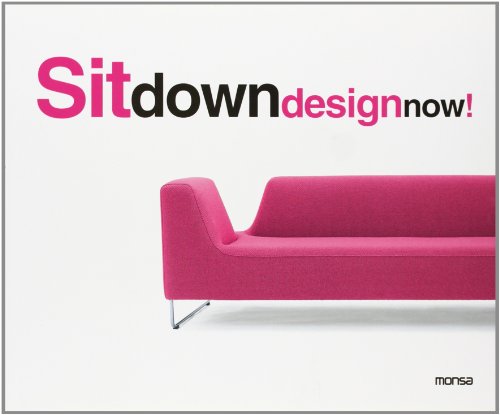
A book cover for Sit Down Design Now!; Arts & Photography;